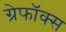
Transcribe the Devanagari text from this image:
ग्रेफॉक्स